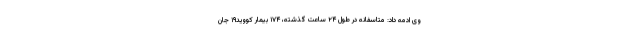
وی ادمه داد: متاسفانه در طول ۲۴ ساعت گذشته، ۱۷۴ بیمار کووید۱۹ جان